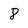
Character: 8